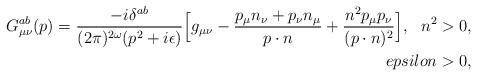
LaTeX: \begin{align*}G_{\mu\nu}^{ab}(p) = \frac{-i\delta^{ab}}{(2\pi)^{2\omega}(p^2+i\epsilon)} \Big [ g_{\mu\nu} - \frac{p_{\mu}n_{\nu} +p_{\nu}n_{\mu}}{p\cdot n} +\frac{n^2p_{\mu}p_{\nu}}{(p\cdot n)^2} \Big ], \ \ n^2>0, \\epsilon > 0, \end{align*}